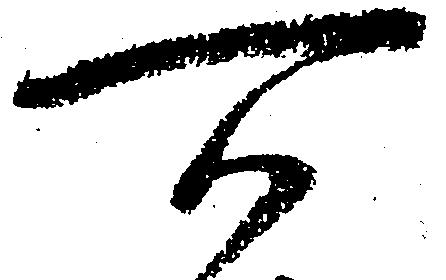
所